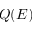
Q ( E )